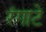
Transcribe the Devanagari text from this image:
रंगाटे